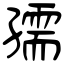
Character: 孺